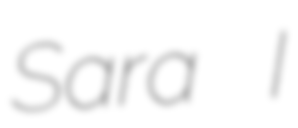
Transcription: Sara I